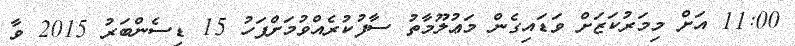
11:00 އަށް މިމަރުކަޒަށް ވަޑައިގެން މަޢުލޫމާތު ސާފުކުރެއްވުމަށްފަހު 15 ޑިސެންބަރު 2015 ވާ